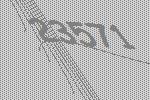
23571